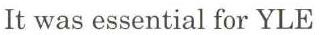
It was essential for YLE